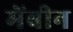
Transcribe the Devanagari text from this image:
मेंबीन